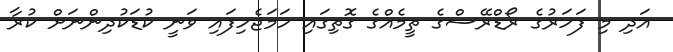
އަދި މި ފަހަރުގެ ރޯޑްރޭސްގެ ތީމެއްގެ ގޮތިގައި ހަމަޖެހިފައި ވަނީ ކުޑަކުދިންނަށް ކުރާ